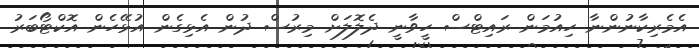
އެމެރިކާނުންނާ ހިއުމަން ރައިޓްސް ހީވާނީ ދެލޮލަށް މިރުސް ދުން އެޅިގެން އުޅޭހެން އޮކްޓޯބަރު